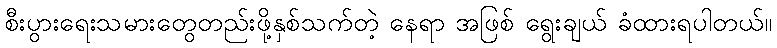
စီးပွားရေးသမားတွေတည်းဖို့နှစ်သက်တဲ့ နေရာ အဖြစ် ရွေးချယ် ခံထားရပါတယ်။